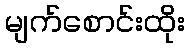
မျက်စောင်းထိုး